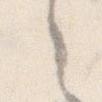
ゝ